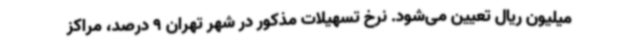
میلیون ریال تعیین می‌شود. نرخ تسهیلات مذکور در شهر تهران 9 درصد، مراکز